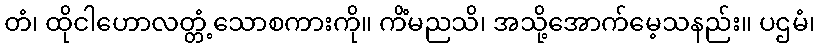
တံ၊ ထိုငါဟောလတ္တံ့သောစကားကို။ ကိံမညသိ၊ အသို့အောက်မေ့သနည်း။ ပဌမံ၊